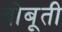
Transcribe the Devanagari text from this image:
बोबूती